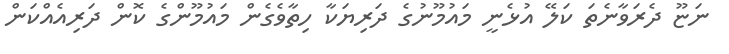
ނަޏޫ ދެރަވާނެތަ ކަލޭ އުޅެނީ މައުމޫނުގެ ދަރިޔަކާ ހިތާވެގެން މައުމޫންގެ ކޮން ދަރިއެއްކަން